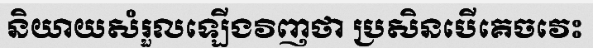
និយាយសំរួលឡើងវិញថា ប្រសិនបើគេចវេះ